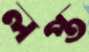
লপ্ত